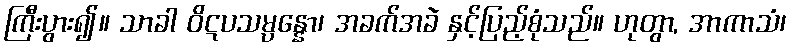
ကြီးပွား၍။ သာခါ ဝိဋပသမ္ပန္နော၊ အခက်အခဲ နှင့်ပြည့်စုံသည်။ ဟုတွာ, အာကာသံ၊